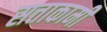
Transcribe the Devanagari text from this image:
सत्ताकामी